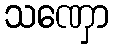
သဏှော